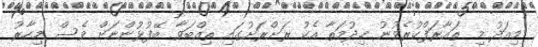
މިއަދު މި ތައާރަފްކުރެވުނު ޚިދުމަތާ އެކު ރަށްރަށުގައި ތިއްބަވާ ބޭފުޅުންނަށް ވެސް މިހާރު